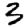
Digit: 3